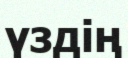
үздің